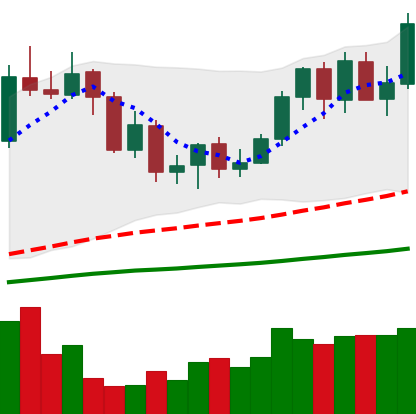
Ticker: NEO-USD
Chart end date: 2020-09-17
Forward return: -14.95%
Label: down_7plus